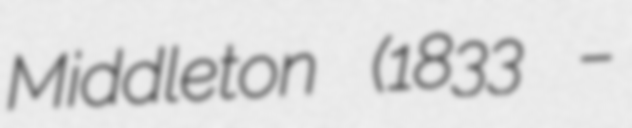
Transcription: Middleton (1833 –